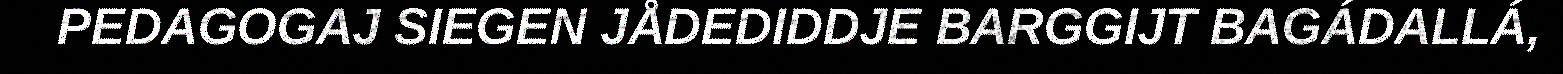
PEDAGOGAJ SIEGEN JÅDEDIDDJE BARGGIJT BAGÁDALLÁ,